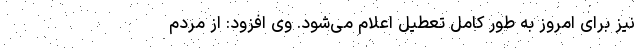
نیز برای امروز به طور کامل تعطیل اعلام می‌شود. وی افزود: از مردم